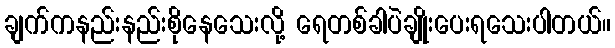
ချက်ကနည်းနည်းစိုနေသေးလို့ ရေတစ်ခါပဲချိုးပေးရသေးပါတယ်။